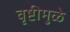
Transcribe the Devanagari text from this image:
वृष्टीमुळे